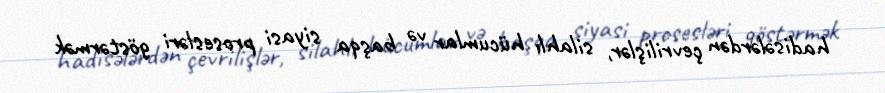
hadisələrdən çevrilişlər, silahlı hücumlar və başqa siyasi prosesləri göstərmək